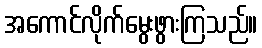
အကောင်လိုက်မွေးဖွားကြသည်။